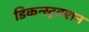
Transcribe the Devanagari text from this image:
डिकन्स्ट्रक्शन